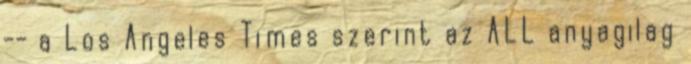
-- a Los Angeles Times szerint az ALL anyagilag